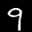
Label: 9